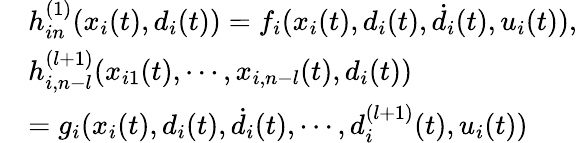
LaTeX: \begin{array}{rl}&{h_{in}^{(1)}(x_{i}(t),d_{i}(t))=f_{i}(x_{i}(t),d_{i}(t),\dot{d}_{i}(t),u_{i}(t)),}\\ &{h_{i,n-l}^{(l+1)}(x_{i1}(t),\cdots,x_{i,n-l}(t),d_{i}(t))}\\ &{=g_{i}(x_{i}(t),d_{i}(t),\dot{d}_{i}(t),\cdots,d_{i}^{(l+1)}(t),u_{i}(t))}\end{array}